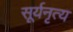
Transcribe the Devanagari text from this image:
सूर्यनृत्य